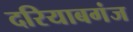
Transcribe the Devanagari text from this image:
दरियाबगंज